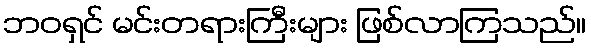
ဘဝရှင် မင်းတရားကြီးများ ဖြစ်လာကြသည်။